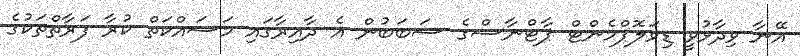
އޭނާ ވިދާޅުވީ ޑިވަލޮޕްމެންޓް ޕާޓްނާސްގެ ސަބަބުން އެ ދާއިރާގައި މަސައްކަތް ކުރާ ފަރާތްތަކުގެ